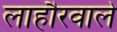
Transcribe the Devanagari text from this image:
लाहौरवाले